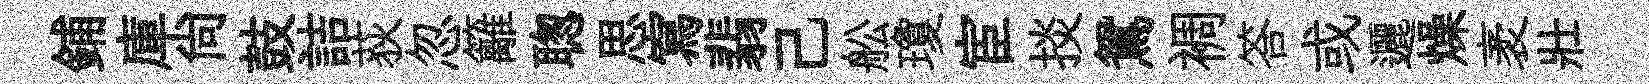
鋪庫尚鼓詰荻忽籬聦思寫翡己舩瓊宦掞鴛裯答或邐燥袤壯